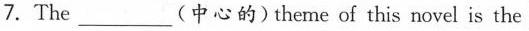
7.The ___ (中心的) theme of this novel is the